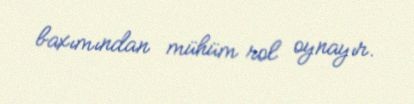
baxımından mühüm rol oynayır.